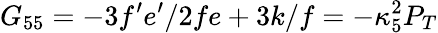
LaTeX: G_{55}=-3f^{\prime}e^{\prime}/2fe+3k/f=-\kappa_{5}^{2}P_{T}